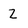
Character: 2